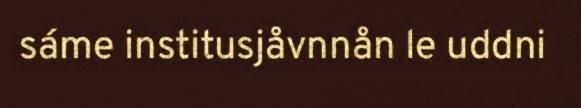
sáme institusjåvnnån le uddni